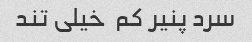
سرد پنیر کم ‌ خیلی تند